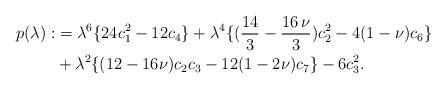
LaTeX: \begin{align*}p(\lambda):&=\lambda^6 \{ 24 c_1^2-12 c_4 \}+\lambda^4 \{ (\frac{14}{3}-\frac{16\,\nu}{3}) c_2^2-4 (1-\nu) c_6 \}\\&+\lambda^2 \{ (12-16 \nu) c_2 c_3-12 (1- 2 \nu) c_7 \}-6 c_3^2.\end{align*}